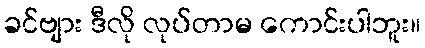
ခင်ဗျား ဒီလို လုပ်တာမ ကောင်းပါဘူး။